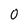
Character: 0